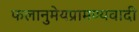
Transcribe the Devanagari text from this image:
फलानुमेयप्रामण्यवादी